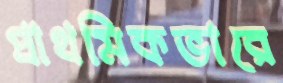
প্রাথমিকভারে